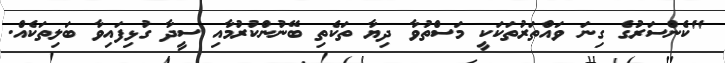
"ކެންސަރުގެ ގިނަ ވައްތަރުތަކަކީ މަސްތުވާ ދިޔާ ތަކެތި ބޭނުންކުރުމާއި ސީދާ ގުޅިފައިވާ ބަލިތަކެއް.